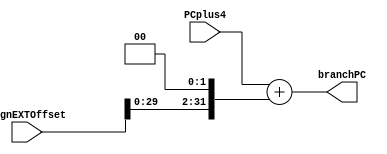
module BranchAdd(PCplus4, signEXTOffset, branchPC);
	input [31:0] PCplus4;
	input [31:0] signEXTOffset;
	output reg [31:0] branchPC;
	
	always@(*)
		begin
		branchPC = PCplus4 + (signEXTOffset << 2);
		end
endmodule